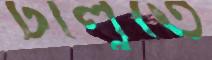
ঢালুতে